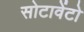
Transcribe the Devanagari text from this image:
सोटावेंटो